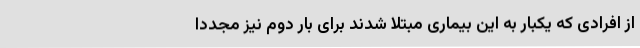
از افرادی که یکبار به این بیماری مبتلا شدند برای بار دوم نیز مجددا